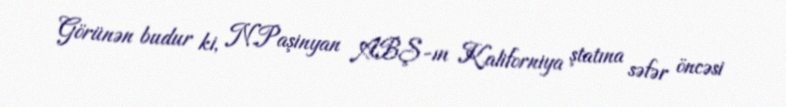
Görünən budur ki, N.Paşinyan ABŞ-ın Kaliforniya ştatına səfər öncəsi